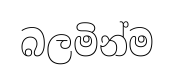
බලමින්ම